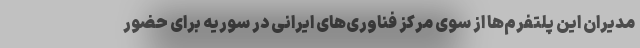
مدیران این پلتفرم‌ها از سوی مرکز فناوری‌های ایرانی در سوریه برای حضور